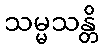
သမ္မသန္တိ